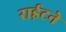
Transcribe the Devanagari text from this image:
राईटने